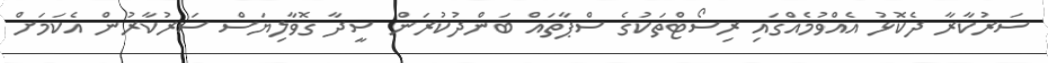
ސަރުކާރާ ދެކޮޅު އެއްވުމެއްގައި ރިސޯޓްތަކުގެ ސްޕާތައް ބަންދުކުރަން ސީދާ ގޮވާލިޔަސް ސަރުކާރުން އެކަމަށް